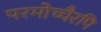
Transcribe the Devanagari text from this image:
परमोच्चैरपि